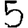
Digit: 5